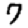
Digit: 7